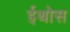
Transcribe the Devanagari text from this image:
ईथोस